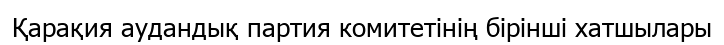
Қарақия аудандық партия комитетінің бірінші хатшылары